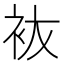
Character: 䘠